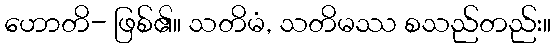
ဟောတိ- ဖြစ်၏။ သတိမံ, သတိမဿ စသည်တည်း။